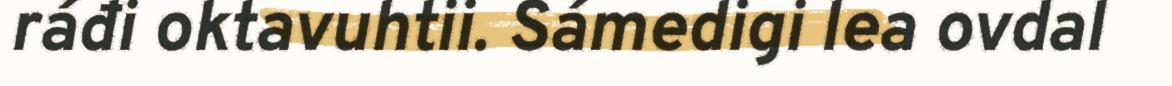
ráđi oktavuhtii. Sámedigi lea ovdal